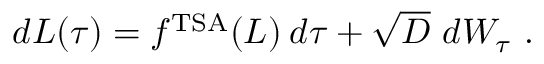
\begin{array} { r } { d L ( \tau ) = f ^ { \mathrm { T S A } } ( L ) \: d \tau + \sqrt { D } \ d W _ { \tau } \ . } \end{array}